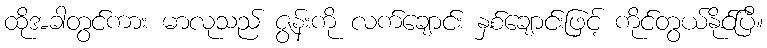
ထိုအခါတွင်ကား မာလုသည် ဇွန်းကို လက်ချောင်း နှစ်ချောင်းဖြင့် ကိုင်တွယ်နိုင်ပြီ။